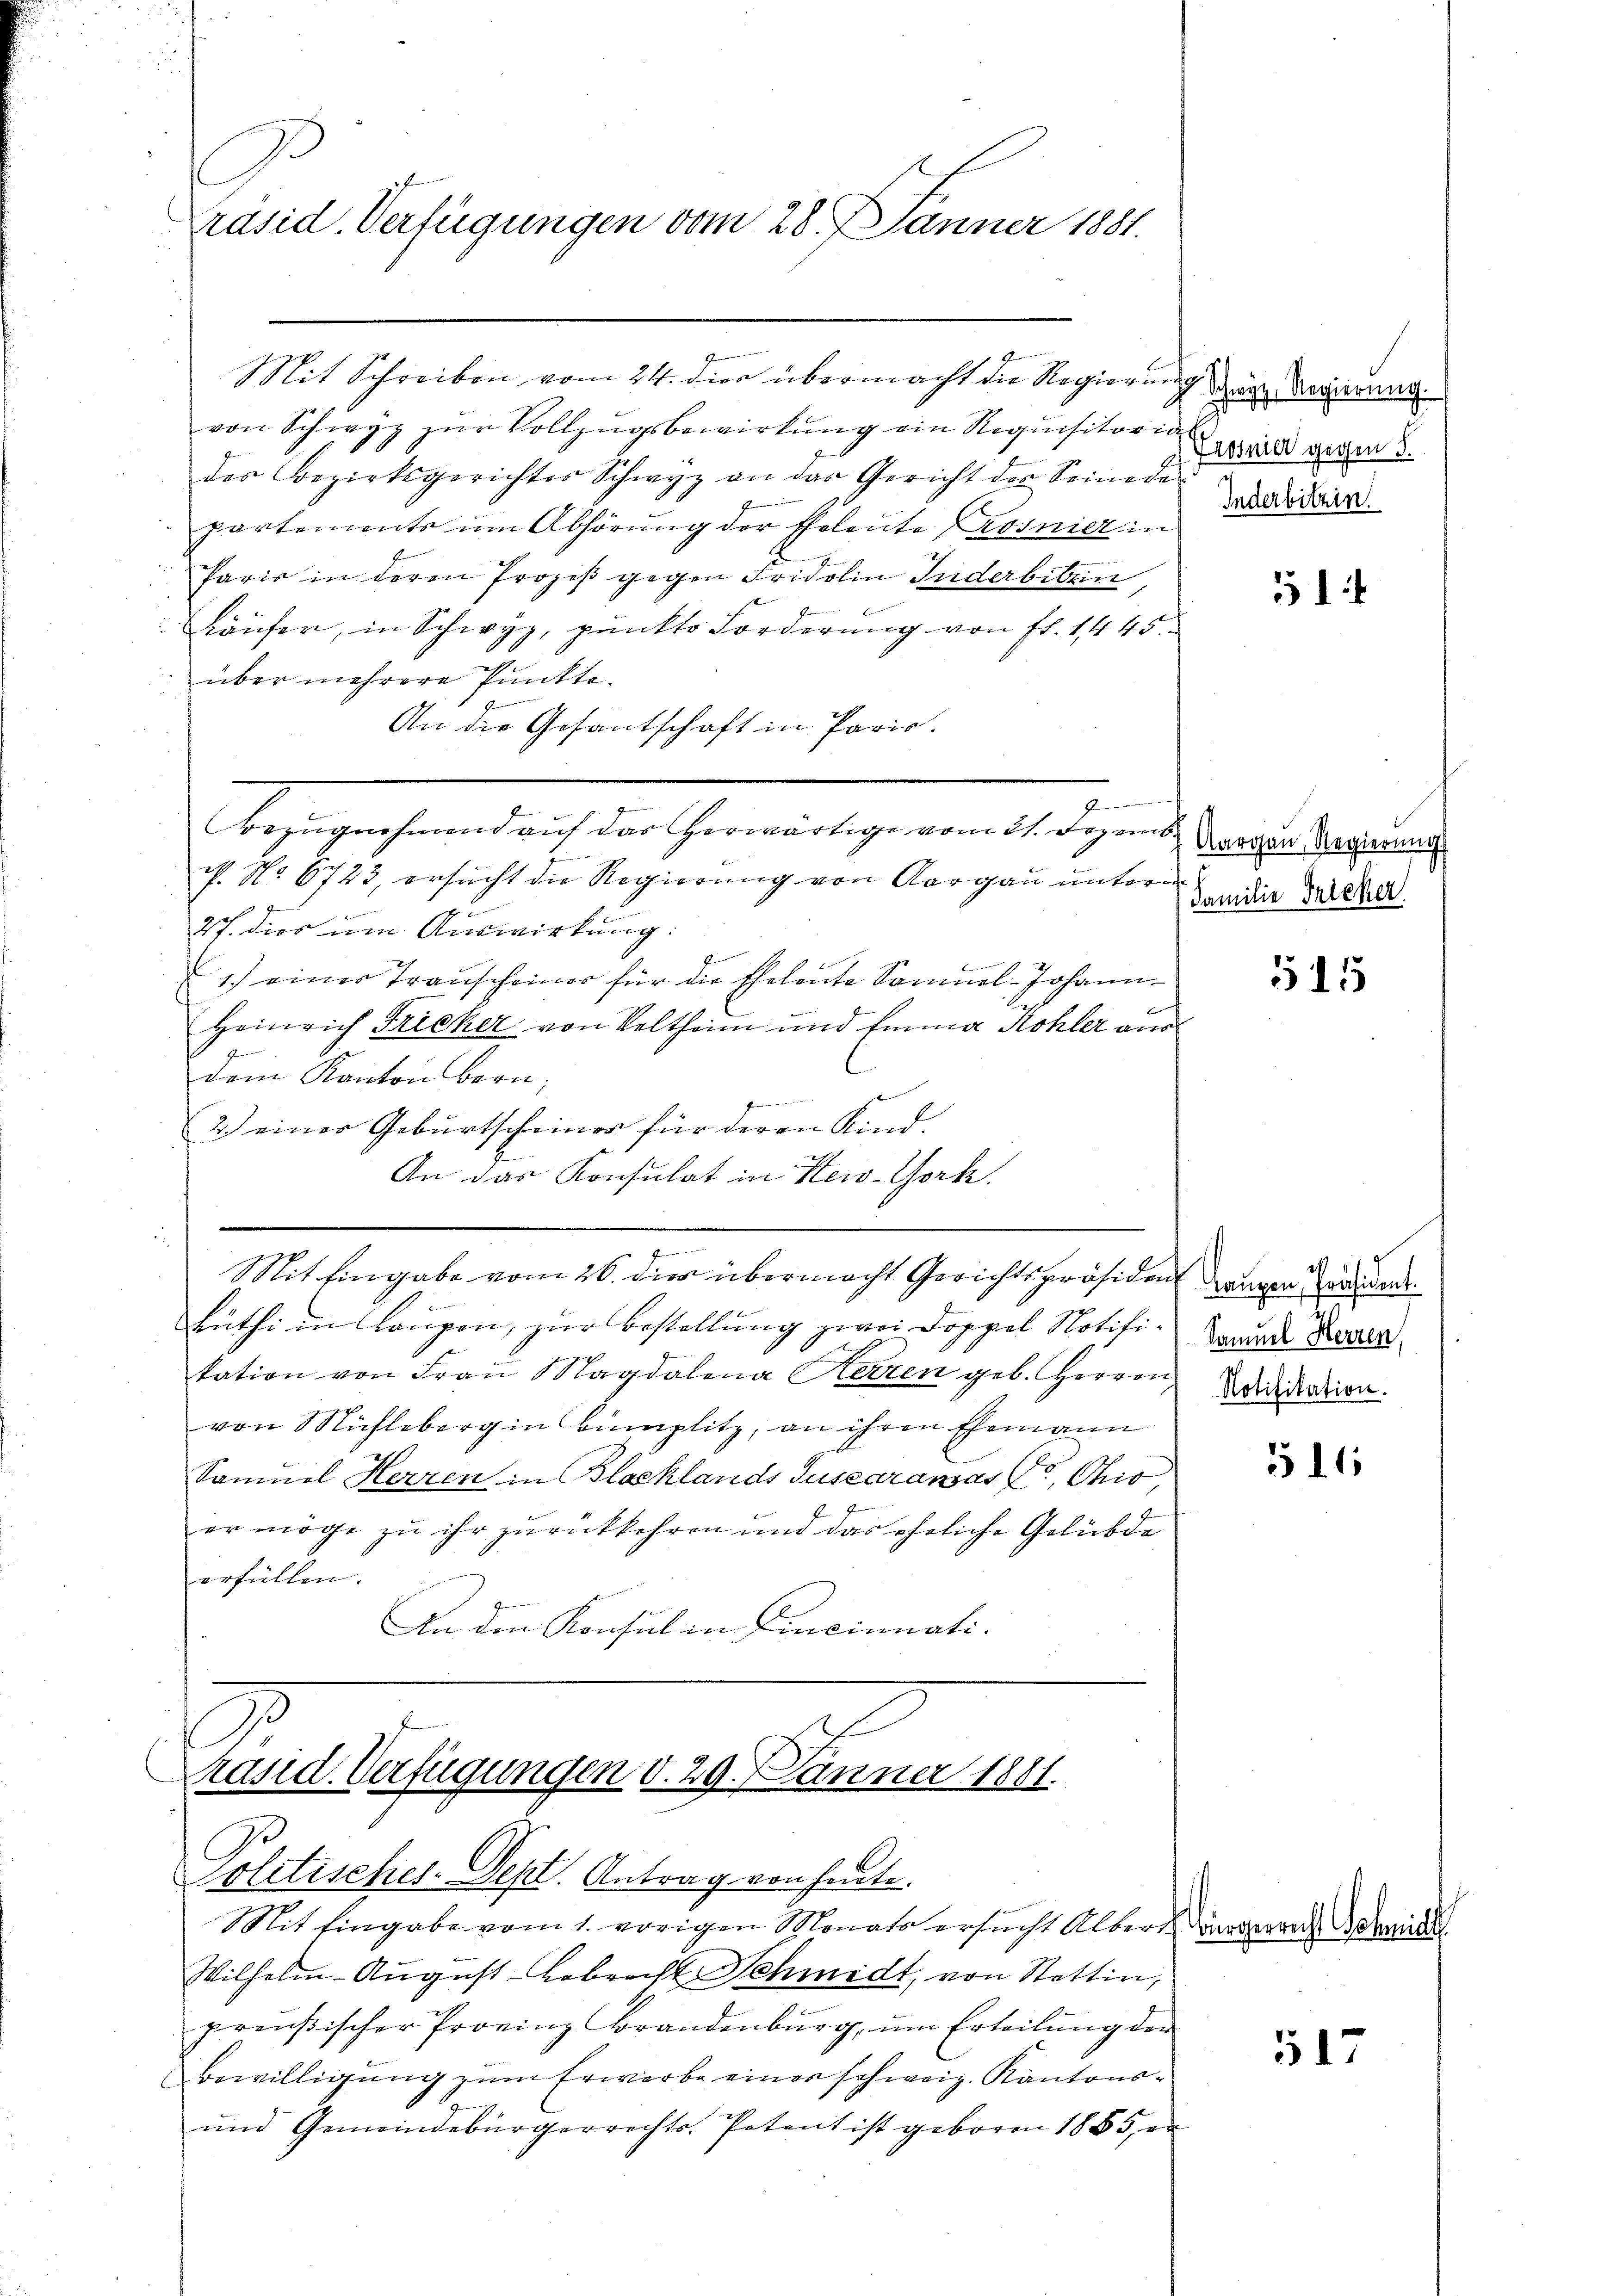
2.
s
räsid. Verfügungen vom 28. Jänner 1881.

Mit Schreiben vom 24. dies übermacht die Regierung der Regierung
von Schwyz zŭr Vollzŭgsbewirkung ein Requisitoria wesen
der Bezirksgerichter Schwyz an der Gericht der Seineda
partements um Abhörung der Eheleute Prosnier in
.
Paris in deren Prozeß gegen Fridolin Inderbiben
Läufer, in Schwyz, pŭnkto Forderung von fl. 1445.
über mehrere Punkte.
An die Gesantschaft in Paris.
Bezugnehmend auf das herwärtige vom 21. Dezemb
P. No 6743, ersucht die Regierung von Aargau unterm
27. dies um Auswirkung.
1.) einer Transcheiner für die Eheleute Sommel-Johann
Heinrich Fricker von Veltheim und Einna Kohler aus
G
dem Kanton Bern,
2.) einer Geburtscheiner für deren Kind.
An das Konsulat in New-York
—
Mit Eingabe vom 26. die übermacht Gerichtspräsident drangen anden
Büthi in Coupon, zur Bestellung zwei Doppel Notifitation von Frau Magdalena Kerzen geb. Herren
von Mühleberg in bümplitz, an ihren Ehemann
Samuel Herren in Blasklands Tuscaransass, Ohio,
er möge zu ihr zurückkehren und das ehrliche Gelübde
erfüllen.
An den Konsul in Cincinuati-

x

Präsid. Verfügungen d. 29. Jänner 1881.
Je
Politisches. Sept. Antrag von heute.

Inderbitzin.

Mit Eingabe vom 1. vorigen Monats ersucht Alber Dingern Bewil
Wilhelm August Gebracht Schmidt, von Stattin,
.
preußischer Provinz Brandenburg, um Erteilung der
Bewilligung zum Erwerbe eines schweiz. Kantons¬
und Gemeindebürgerrechts-Patent ist geboren 1885, er

51

Aargau, Regierung
Familie Trieser

§ 155

Samuel Herren,
Notifikation.

511

517